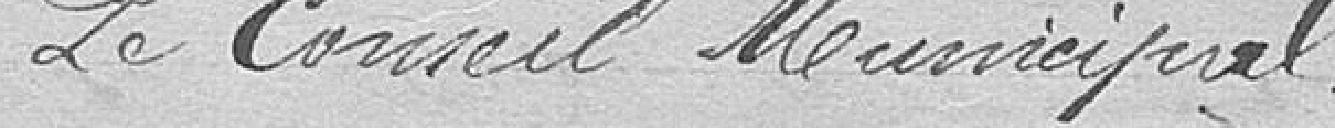
Le Conseil Municipal